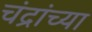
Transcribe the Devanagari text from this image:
चंद्रांच्या